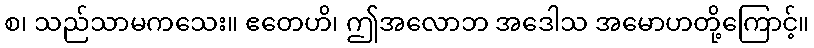
စ၊ သည်သာမကသေး။ ဧတေဟိ၊ ဤအလောဘ အဒေါသ အမောဟတို့ကြောင့်။